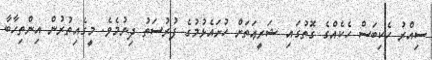
ސިއްރު ހެކިބަސް ހެކެއްގެ ގޮތުގައި ޝަރީޢަތަށް ހުށައެޅުމުގެ ފުރުސަތު ދިނުމެވެ. މީގެއިތުރުން އިންތިހާބާ